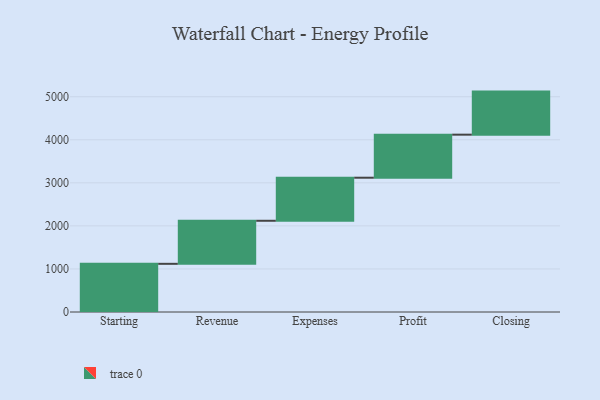
{"axis": {"x": "Step", "y": "Value"}, "legend": [""], "data": [{"x": "Starting", "y": 1119.0, "type": ""}, {"x": "Revenue", "y": 1000, "type": ""}, {"x": "Expenses", "y": 1000, "type": ""}, {"x": "Profit", "y": 1000, "type": ""}, {"x": "Closing", "y": 1000, "type": ""}]}